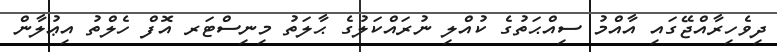
ދިވެހިރާއްޖޭގައި އާއްމު ސިއްޙަތުގެ ކުއްލި ނުރައްކަލުގެ ޙާލަތު މިނިސްޓަރ އޮފް ހެލްތު އިޢުލާން